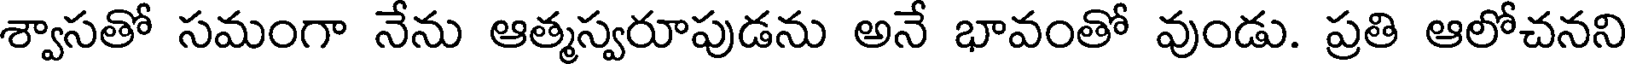
శ్వాసతో సమంగా నేను ఆత్మస్వరూపుడను అనే భావంతో వుండు. ప్రతి ఆలోచనని